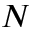
N